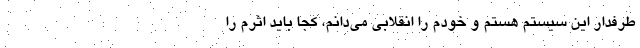
طرفدار این سیستم هستم و خودم را انقلابی می‌دانم، کجا باید اثرم را